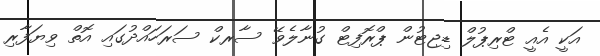
އަކީ އެއީ ޓްރިޕުލް ޑިޖިޓުން ޕްރޮފިޓް ގުނާލެވޭ ސާރކް ސަރަހައްދުގައި އޮތް ވިޔަފާރި